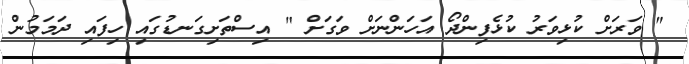
" ވަރަށް ކުޅިވަރު ކުޅެފިންދޯ އަހަންނަށް ވަގަށް " އިސްތަށިގަނޑުގައި ހިފައި ދަމަމުން